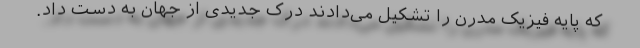
که پایه فیزیک مدرن را تشکیل می‌دادند درک جدیدی از جهان به دست داد.